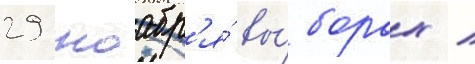
29 ноабр'я́ вы́борах /